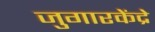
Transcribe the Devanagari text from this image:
जुगारकेंद्रे